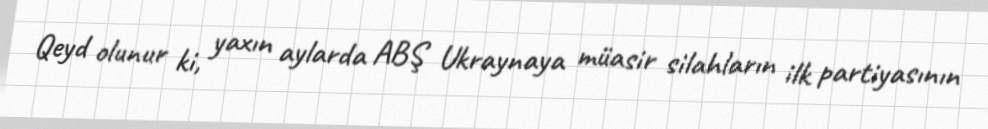
Qeyd olunur ki, yaxın aylarda ABŞ Ukraynaya müasir silahların ilk partiyasının